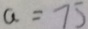
a = 7 5